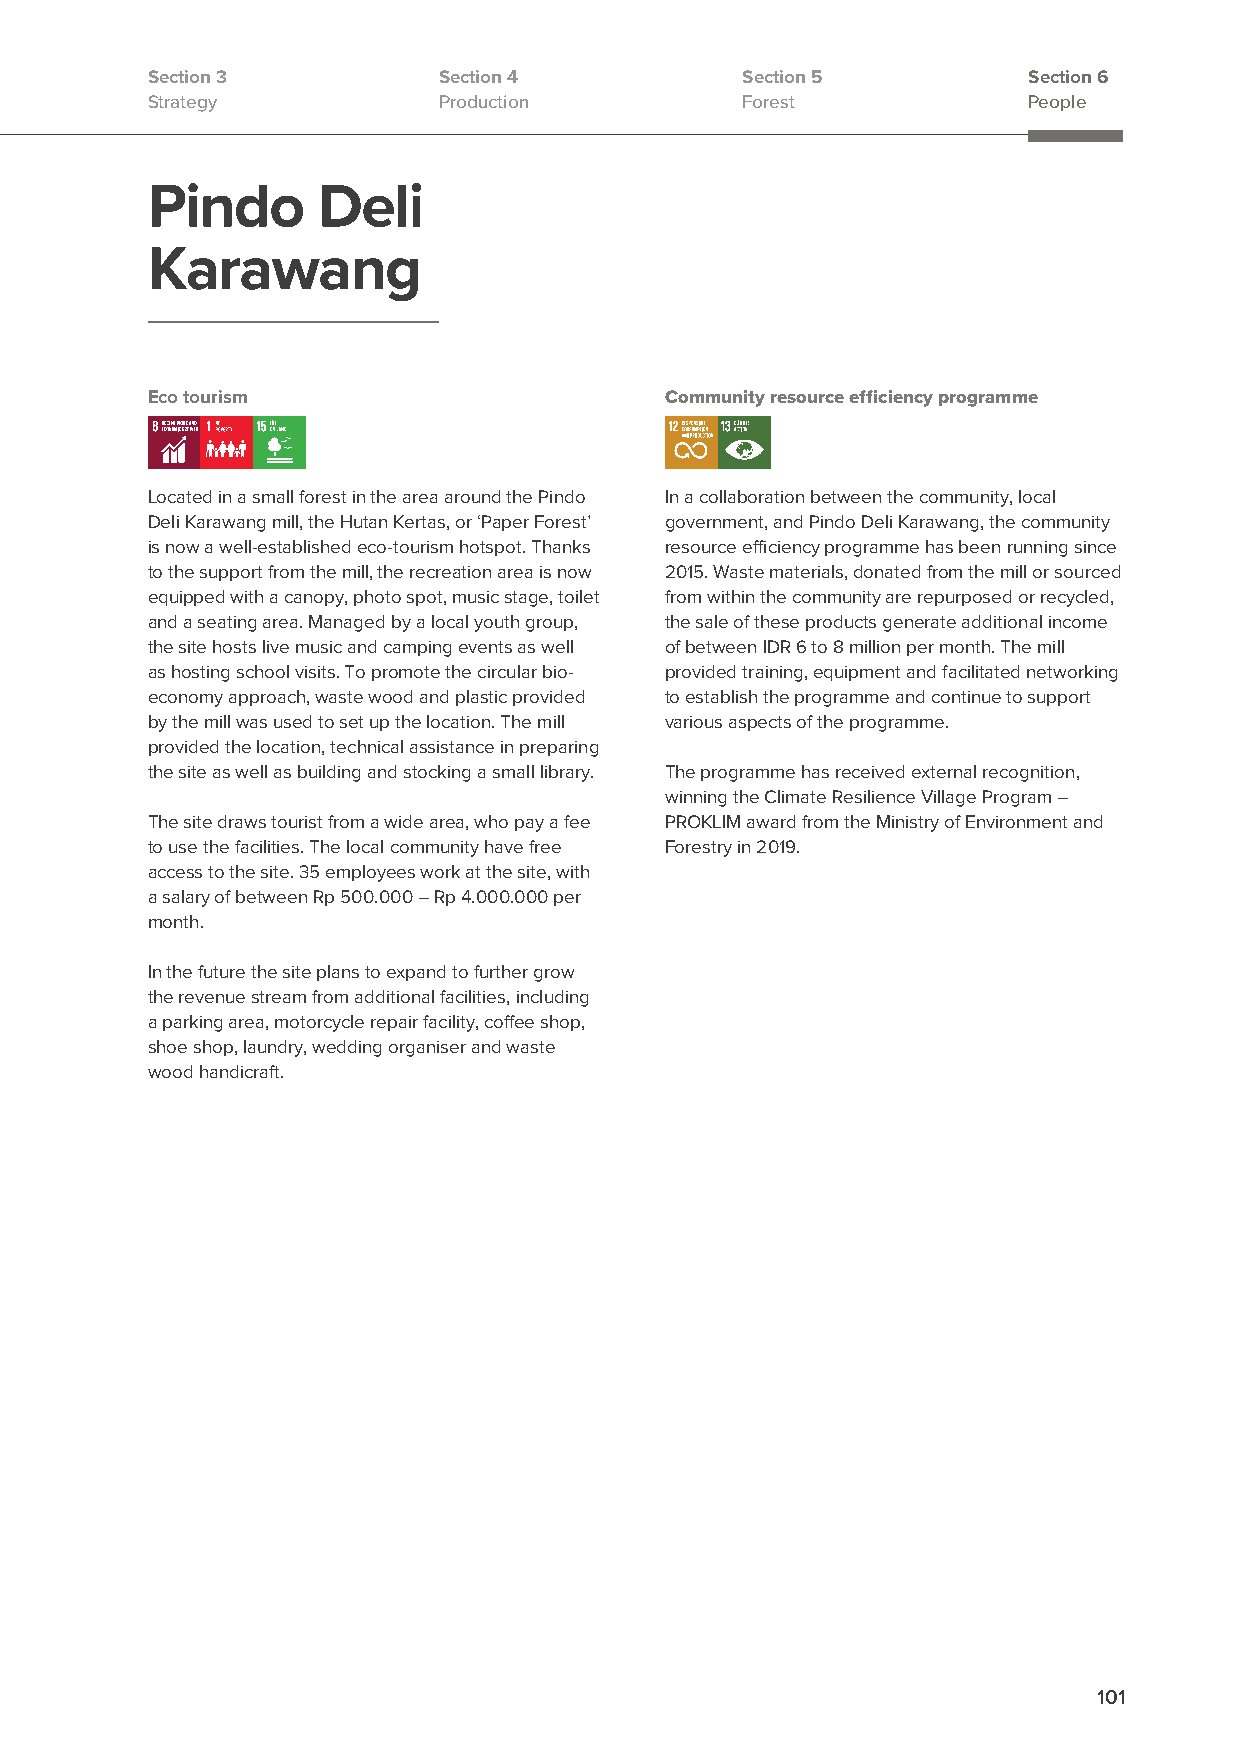
Section 3          Section 4           Section 5          Section 6
 Strategy           Production          Forest             People
 Pindo      Deli
 Karawang
 Eco tourism                       Community resource efficiency programme
 Located in a small forest in the area around the Pindo In a collaboration between the community, local
 Deli Karawang mill, the Hutan Kertas, or ‘Paper Forest’ government, and Pindo Deli Karawang, the community
 is now a well-established eco-tourism hotspot. Thanks resource efficiency programme has been running since
 to the support from the mill, the recreation area is now 2015. Waste materials, donated from the mill or sourced
 equipped with a canopy, photo spot, music stage, toilet from within the community are repurposed or recycled,
 and a seating area. Managed by a local youth group, the sale of these products generate additional income
 the site hosts live music and camping events as well of between IDR 6 to 8 million per month. The mill
 as hosting school visits. To promote the circular bio- provided training, equipment and facilitated networking
 economy approach, waste wood and plastic provided to establish the programme and continue to support
 by the mill was used to set up the location. The mill various aspects of the programme.
 provided the location, technical assistance in preparing
 the site as well as building and stocking a small library. The programme has received external recognition,
 winning the Climate Resilience Village Program –
 The site draws tourist from a wide area, who pay a fee PROKLIM award from the Ministry of Environment and
 to use the facilities. The local community have free Forestry in 2019.
 access to the site. 35 employees work at the site, with
 a salary of between Rp 500.000 – Rp 4.000.000 per
 month.
 In the future the site plans to expand to further grow
 the revenue stream from additional facilities, including
 a parking area, motorcycle repair facility, coffee shop,
 shoe shop, laundry, wedding organiser and waste
 wood handicraft.
 101